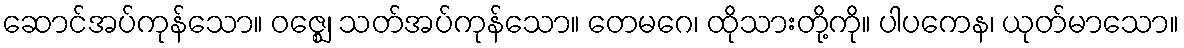
ဆောင်အပ်ကုန်သော။ ဝဇ္ဈေ၊ သတ်အပ်ကုန်သော။ တေမဂေ၊ ထိုသားတို့ကို။ ပါပကေန၊ ယုတ်မာသော။